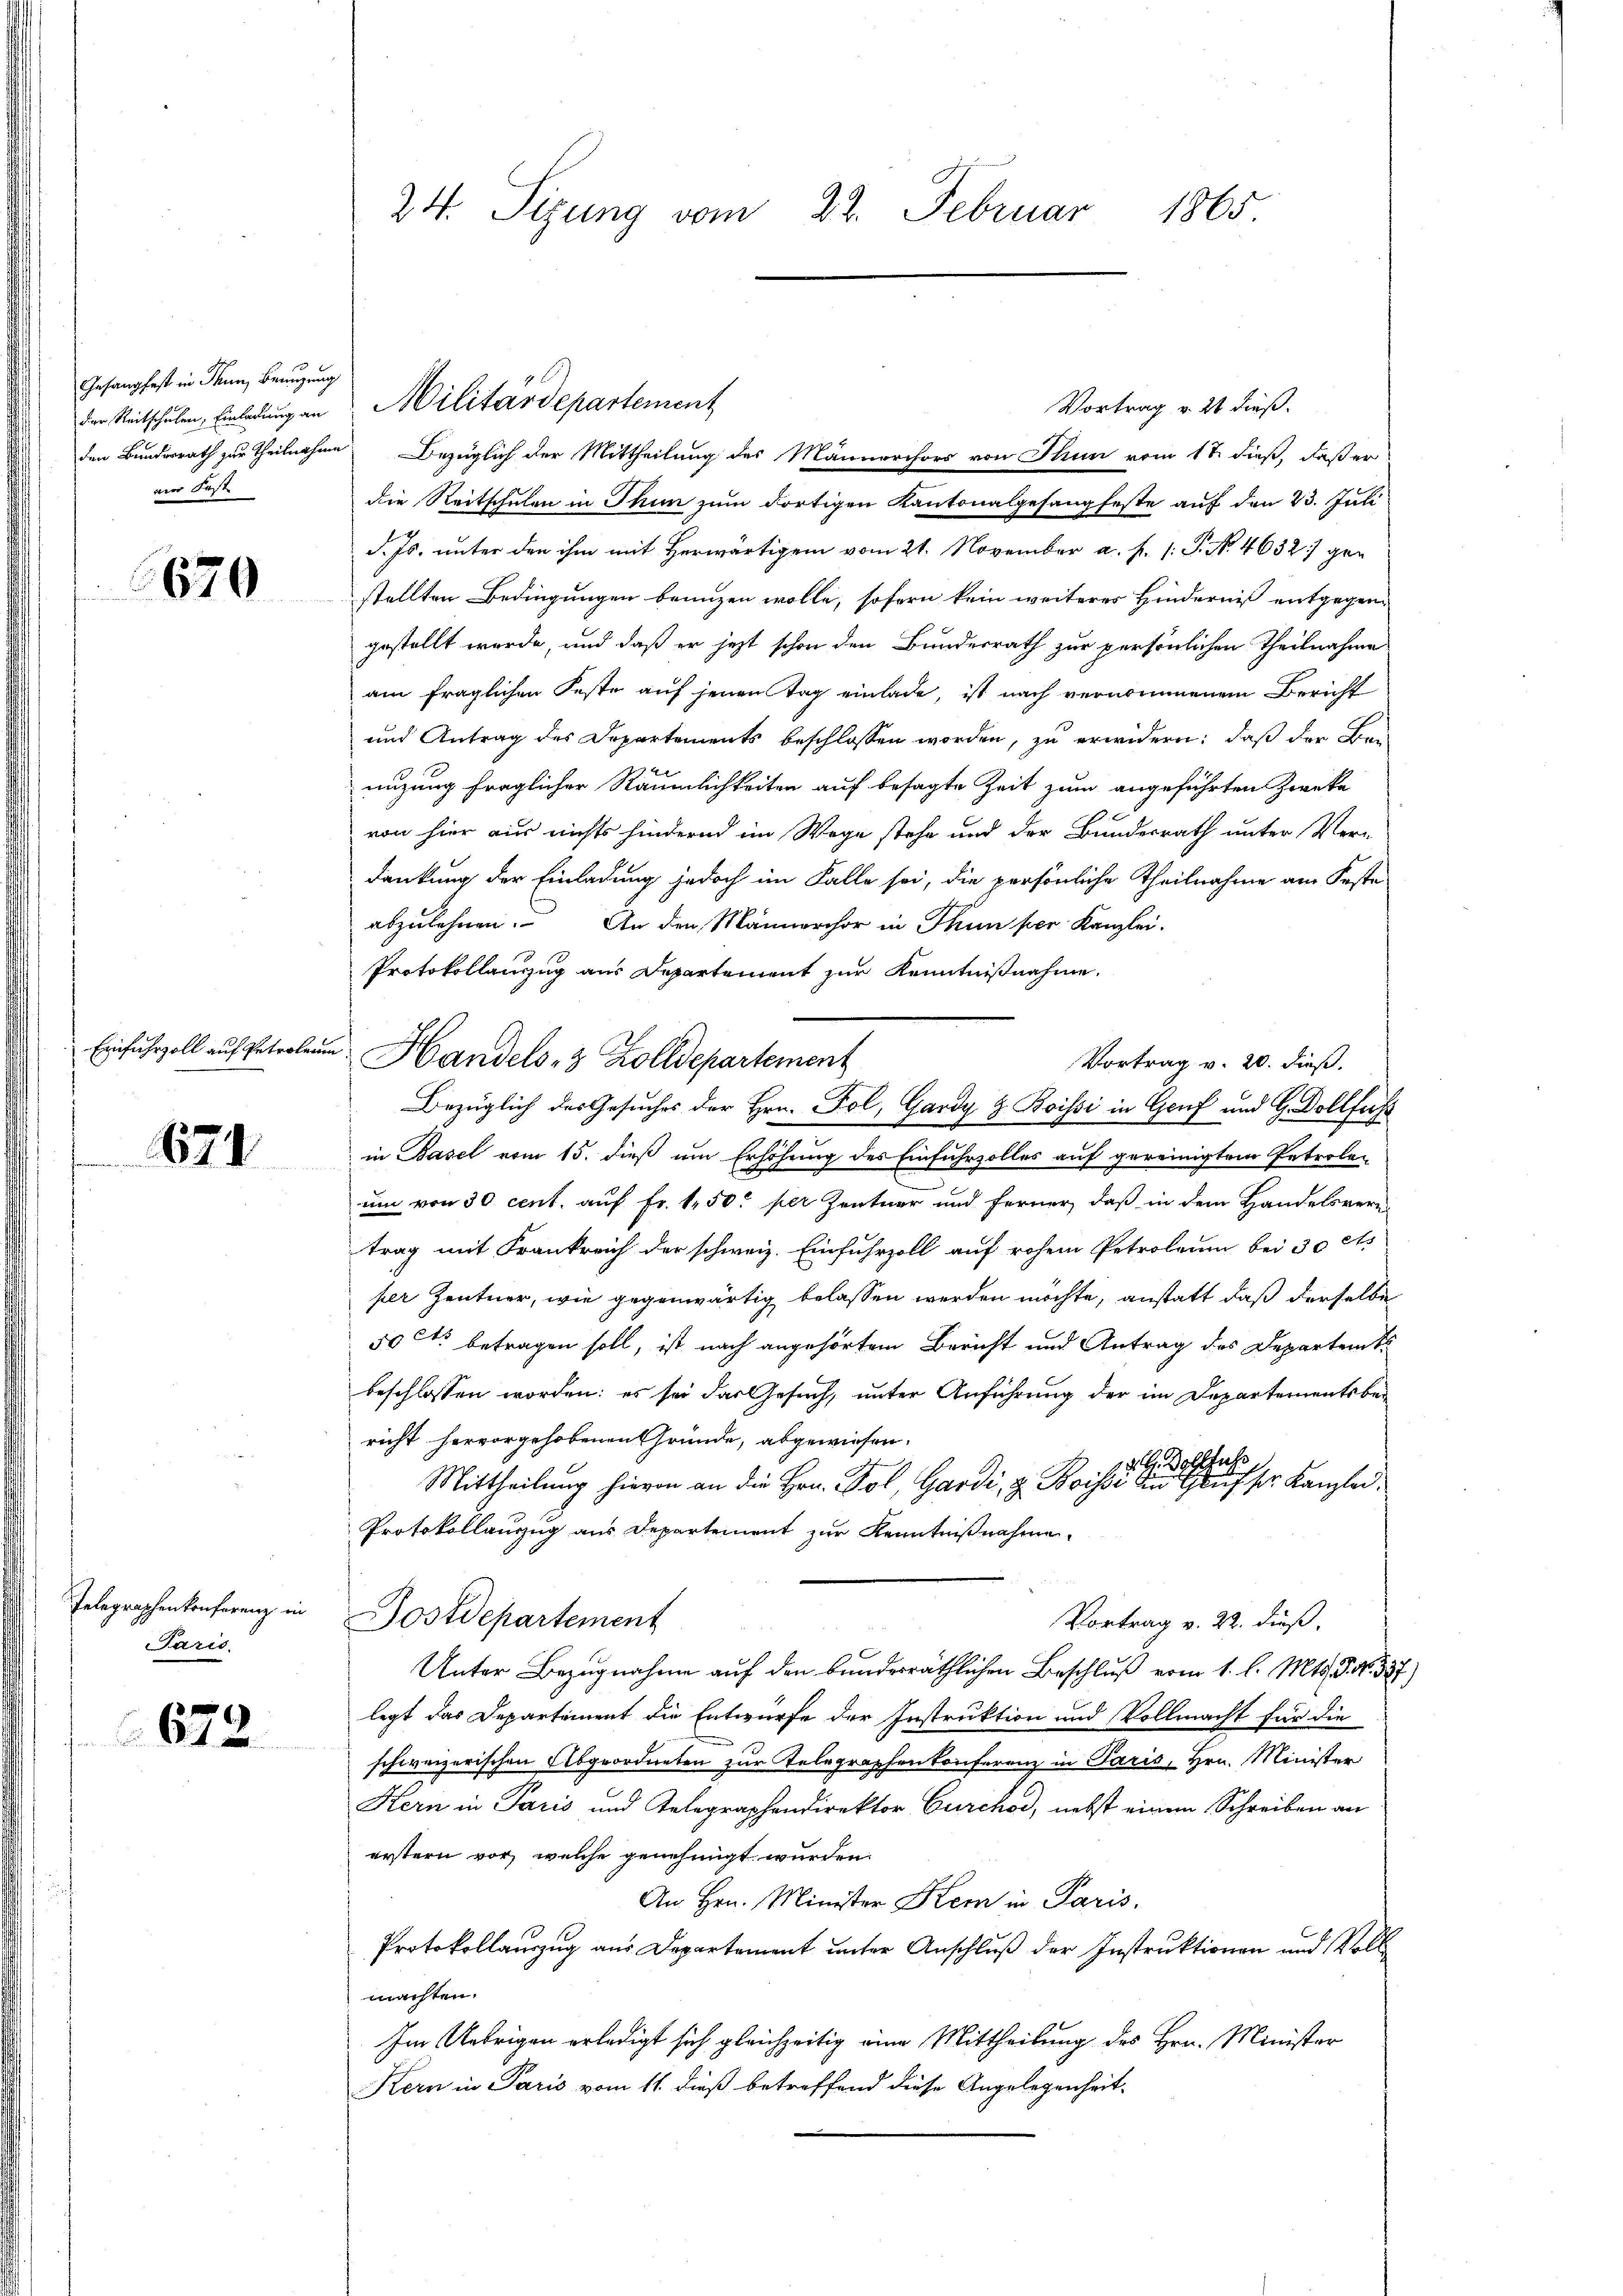
Gesangfest in Thun, Benuzung
der Reitschulen, Einladung an
ai Feste

1620

Einfuhrzoll auf Petroleum

671

Telegraphenkonferenz in
Paris.

672

24. Sitzung vom 22. Februar 1865.

den Bundesrath zur Theilnahme Bezüglich der Mittheilung des Männerchors von Thun vom 17. dieß, daß er
die Reitschulen in Thun zum dortigen Kantonalgesangfeste auf den 23. Juli
f
d. Js. unter den ihm mit herwärtigen vom 21. November a. f. s. S. No. 4632) gen
stellten Bedingungen branzen wolle, sofern kein weiterer Hinderniß entgegengestellt werde, und daß er jetzt schon den Bundesrath zur persönlichen Theilnahme
am fraglichen Feste auf jenen Tag einlade, ist nach vernommenem Bericht
und Antrag des Departements beschlossen worden, zu erwidern, daß der Bau
nizung fraglicher Räumlichkeiten auf besagte Zeit zum angeführten Zweke
von hier aus nichts hindernd im Wege stehe und der Bundesrath unter Ver-
dankung der Einladung jedoch im Falle sei, die persönliche Theilnahme am Feste
abzulehnen. An den Männerchor in Thun per Kanzlei-
Protokollanzug aus Departement zur Kenntnißnahme.
in Basel vom 15. dieß um Erhöhung des Einfuhrzolles auf gereinigtem Entrolen
um von 30 cent. auf Fr. 1 50 per Zentner und ferner, daß in dem Handelsvere
trag mit Frankreich der schweiz. Einfuhrzoll auf rohem Petroleum bei 30 cts
per Zentner, wie gegenwärtig belassen werden möchte, anstatt daß derselbe
5 Rt. betragen soll, ist nach angehörtem Bericht und Antrag des Departent
beschlossen worden; es sei das Gesuch, unter Anführung der im Departements bericht hervorgehobenen Gründe, abgewiesen.
13G. Dollfuss
Mittheilung hievon an die Hrn. Fol, Gardi, z. Boissi in Gausser Kanzlei¬
Protokollanzug aus Departement zur Kenntnißnahme
ostdepartement
Vortrag v. 22. dieß.
Unter Bezugnahme auf den bunderräthlichen Beschluß vom 1. l. Mts. S. Nr. 327)
legt das Departement die Entwurfe der Instruktion und Vollmacht für die
schweizerischen Abgeordneten zur Telegraphenkonferenz in Paris, Hrn. Minister
Kern in Paris und Telegraphendirektor Curchod, nebst einem Schreiben an
erstern vor, welche genehmigt wurden.
An Hrn. Minister Klem in Paris.
Protokollauszug aus Departement unter Anschluß der Instruktionen und Voll
machten.
Im Uebrigen erledigt sich gleichzeitig eine Mittheilung des Hrn. Minister
Kern in Paris vom 11. dieß betreffend diese Angelegenheit-

Militärdepartement

Handels- & Zolldepartement
Vortrag v. 20. dieß.
Bezüglich des Gesuches der Hrn. Fol, Gardy & Boissi in Genf und H. Dollfuss

Vortrag v. 21 dieß.